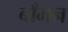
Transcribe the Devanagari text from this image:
बाँमन